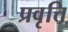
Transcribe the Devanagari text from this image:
प्रवृत्ति